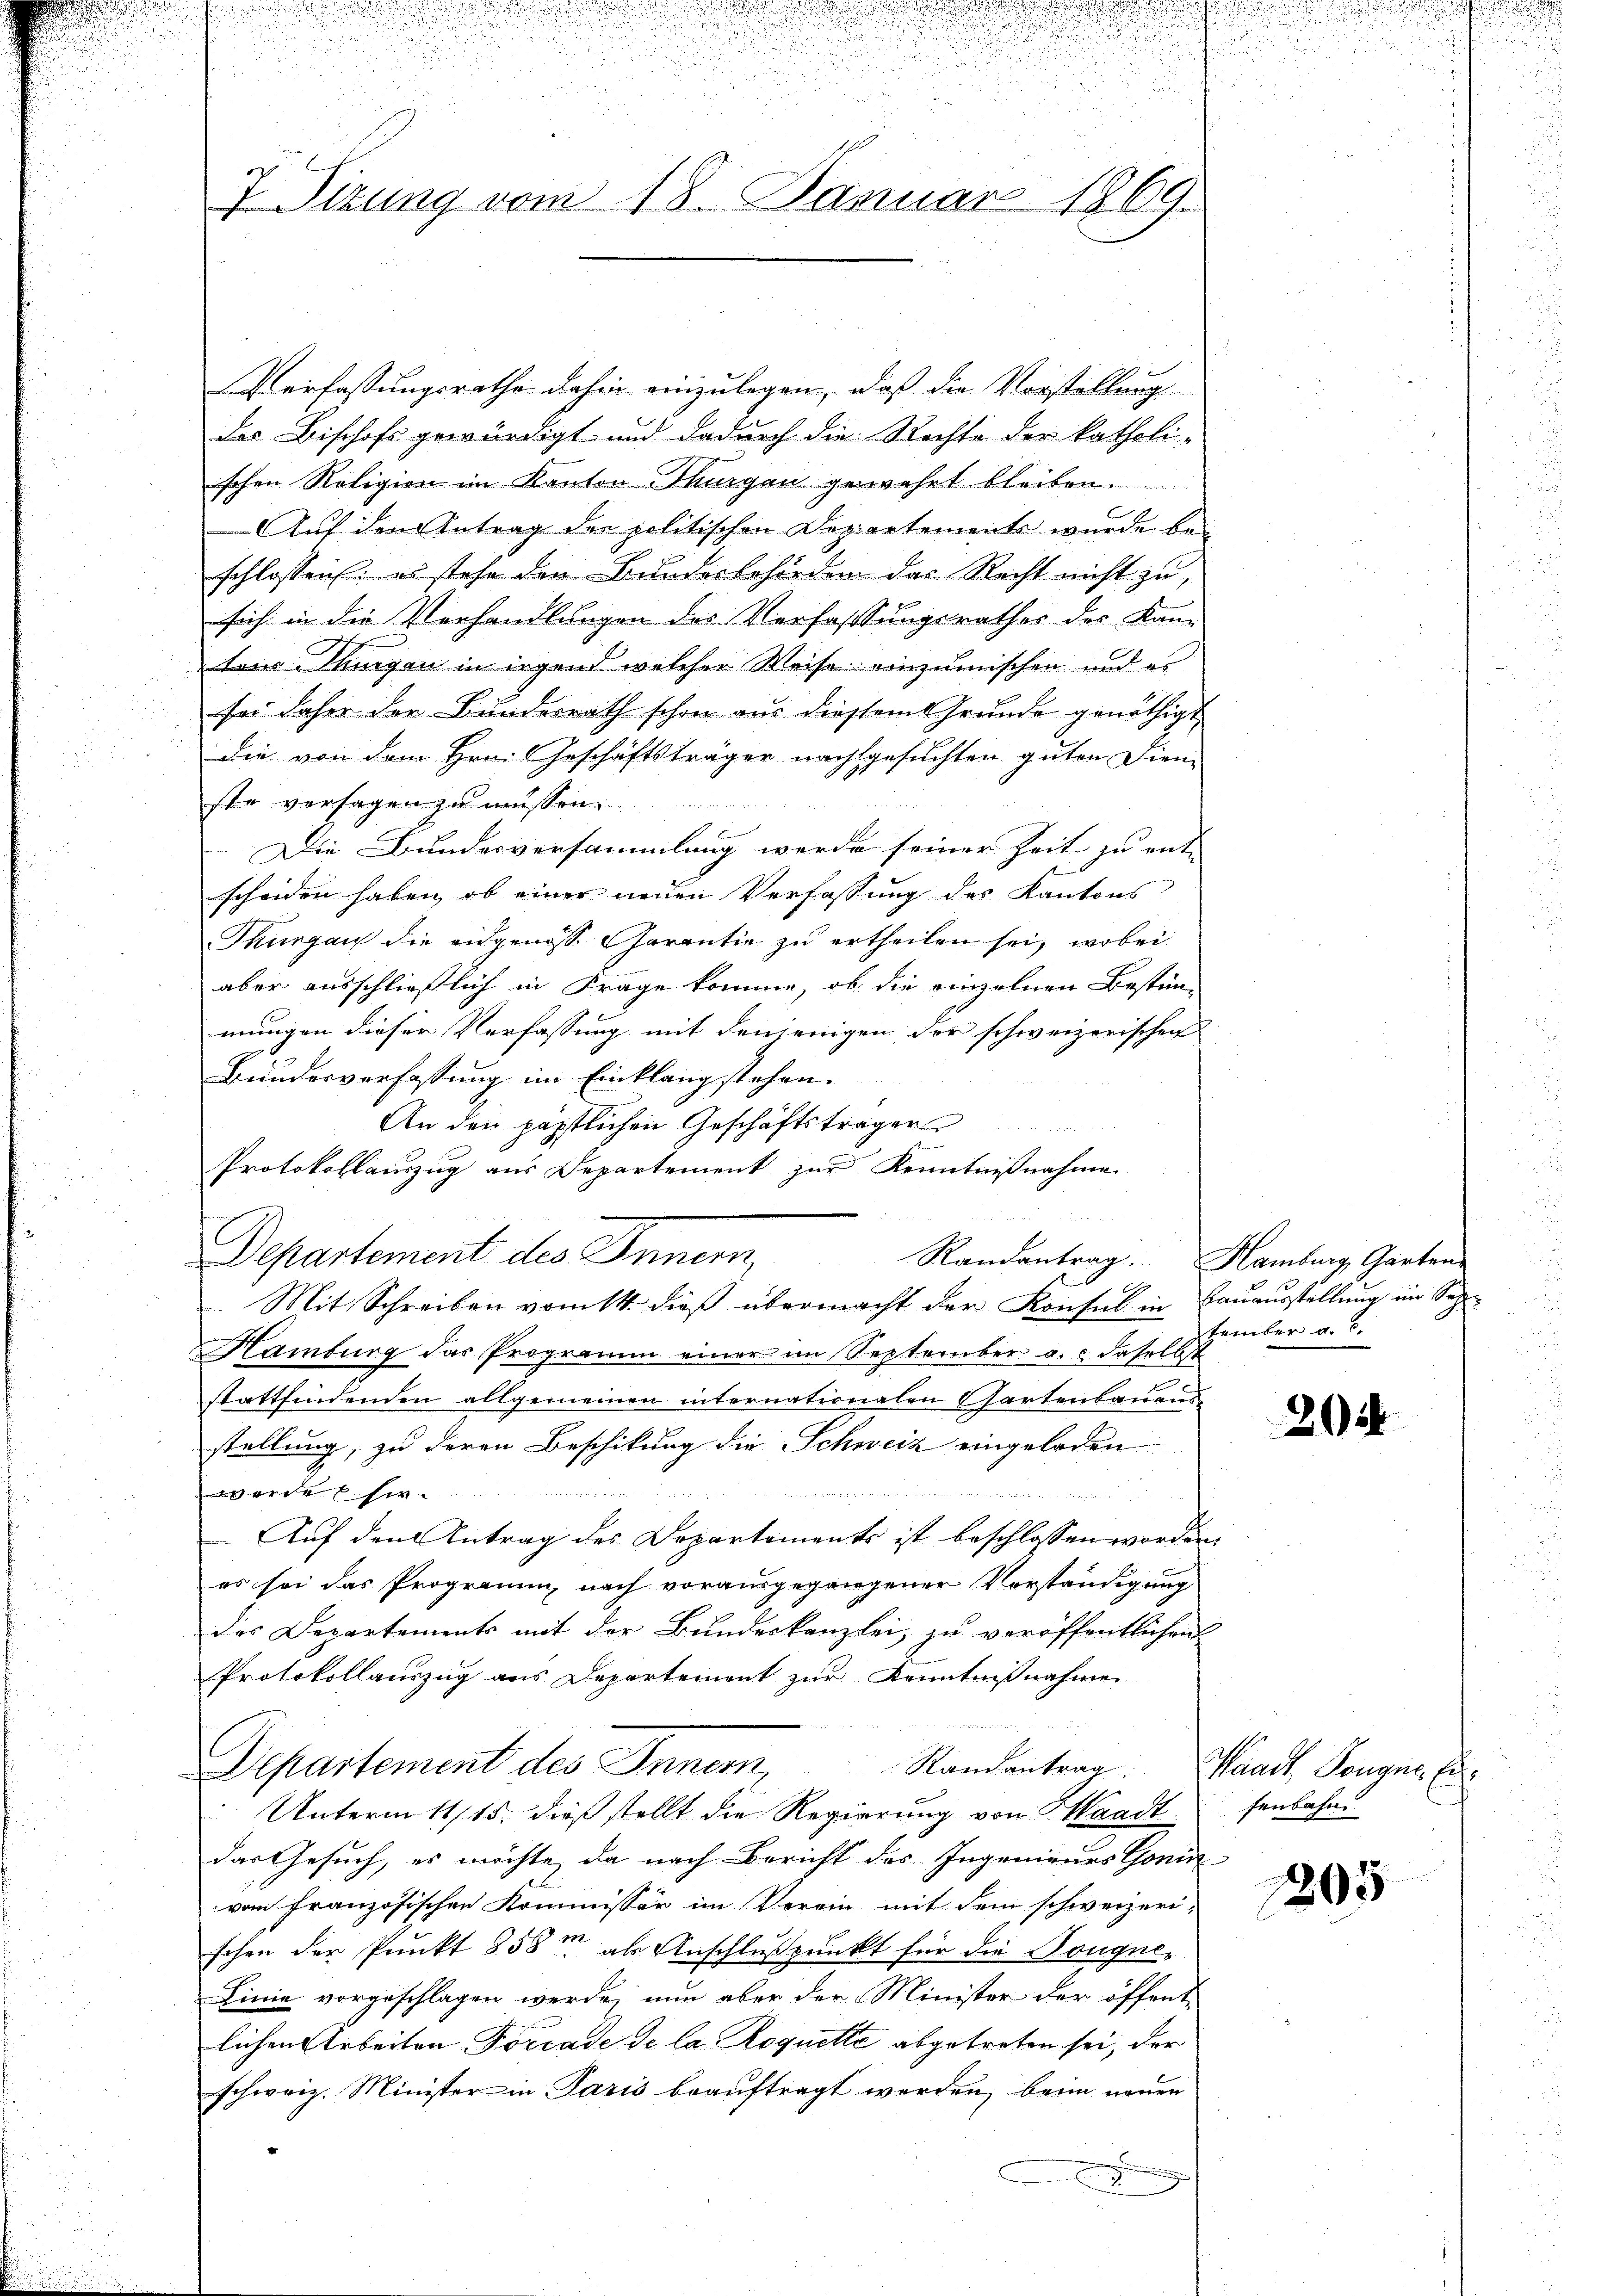
.
i

t
u
u

.
.

.
ur ein
7 Sizung vom 18. Januar 1869.

Verfassungsrathe dahin einzulegen, daß die Vorstellung
des Bischofs gewürdigt und dadurch die Rechte der katholi-
schen Religion im Kanton Thurgen gewehrt bleiben.
Auf den Antrag der politischen Departements wurde bei
schlossen, es stehe den Bundesbehörden das Recht nicht zu,
sich in die Verhandlungen des Verfassungsrathes des Kan-
tons Thurgau in irgend welcher Weise einzumischen und es
ser daher der Bunderrath schon aus diesem Grunde genöthigt
die von dem Hrn. Geschäftsträger nachgesuchten guten Dien-

ste versagen zu müssen.
A
Die Bundesversammlung werde seiner Zeit zu ent-
scheiden haben, ob einer neuen Verfassung des Kantons
Thurgau die eidgenöss. Parantie zu ertheilen sei, wobei
aber ausschließlich in Frage komme, ob die einzelnen Bestim-
mungen dieser Verfassung mit denjenigen der schweizerischen
Bundesverfassung im Einklang stehen.
An den päpstlichen Geschäftsträger
Protokollauszug aus Departement zur Kenntnißnahme
Departement des Innern,
Randantrag. Hamburg, Garten-
G
Mit Schreiben vom 14. dieß übermacht der Konsul in Bauausstellung im Sep
Hamburg das Programm einer im September a. daselbst
.
stattfindenden allgemeinen internationalen Gartenbauens-
stellung, zu deren Beschikung die Schweiz eingeladen

eher
Auf den Antrag des Departements ist beschlossen worden.
es sei das Programm nach vorausgegangener Vorständigung
des Departements mit der Bundeskanzlei, zu veröffentlichen
Protokollauszug aus Departement zur Kenntnißnahme
Departement des Innern,
Randantrag. Waadt Pongne Ei¬
Unterm 11/15. dieß stellt die Regierung von Waadt
das Gesuch, es möchte da nach Bericht des Ingenieurs Gonin
vom französischen Kommissär im Verein mit dem schweizeri-
schen der Punkt 858m als Anschlußpunkt für die Dougne-
Linie vorgeschlagen werde, nun aber der Minister der öffent
lichen Arbeiten Porrade de la Roquette abgetreten sei, der
schweiz. Minister in Paris beauftragt werden, beim neuen
g

¬

d
n
.
u

tember a. c.

204

fenbahn

1205

u